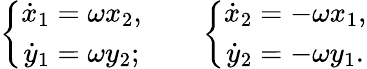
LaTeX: \begin{array}{r}{\left\{ \begin{array}{c}{\dot{x}_{1}=\omega x_{2},}\\ {\dot{y}_{1}=\omega y_{2};}\end{array}\right.\qquad\left\{ \begin{array}{c}{\dot{x}_{2}=-\omega x_{1},}\\ {\dot{y}_{2}=-\omega y_{1}.}\end{array}\right.}\end{array}